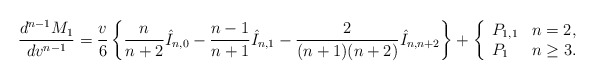
\begin{align*} \frac{d^{n-1}M_1}{dv^{n-1}}=\frac{v}{6}\left\{\frac{n}{n+2}\hat{I}_{n,0}-\frac{n-1}{n+1}\hat{I}_{n,1}-\frac{2}{(n+1)(n+2)}\hat{I}_{n,n+2}\right\}+\left\{ \begin{array}{ll} P_{1,1} & n=2,\\ P_1 & n\geq 3. \end{array}\right.\end{align*}